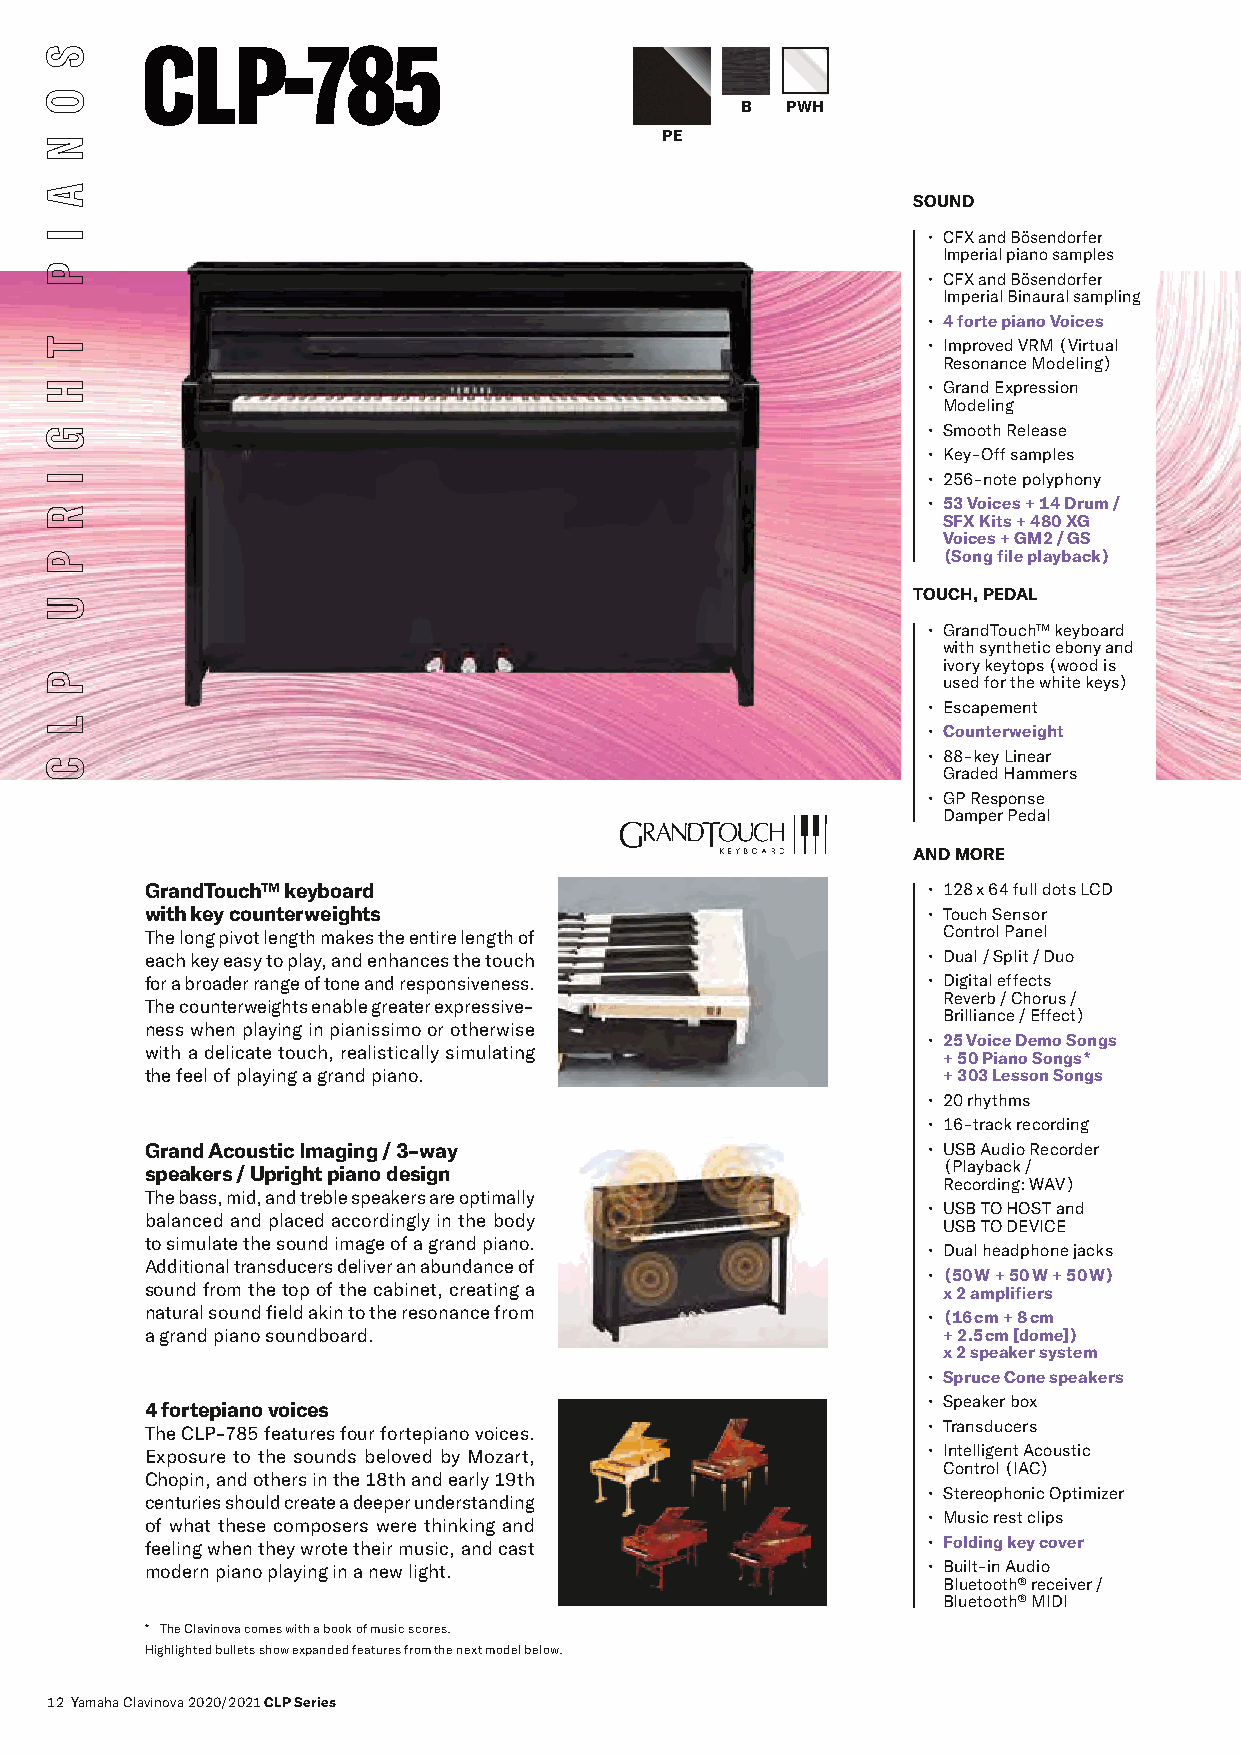
CCLLPP--778855
 B  PWH
 PE
 SOUND
 • CFX and Bösendorfer
 Imperial piano samples
 • CFX and Bösendorfer
 Imperial Binaural sampling
 • 4 forte piano Voices
 • Improved VRM (Virtual
 Resonance Modeling)
 • Grand Expression
 Modeling
 • Smooth Release
 • Key-Off samples
 • 256-note polyphony
 • 53 Voices + 14 Drum /
 SFX Kits + 480 XG
 Voices + GM2 / GS
 (Song file playback)
 TOUCH, PEDAL
 • GrandTouch™ keyboard
 with synthetic ebony and
 ivory keytops (wood is
 used for the white keys)
 • Escapement
 • Counterweight
 • 88-key Linear
 Graded Hammers
 • GP Response
 Damper Pedal
 AND MORE
 GrandTouch™ keyboard                               • 128 x 64 full dots LCD
 with key counterweights                            • Touch Sensor
 The long pivot length makes the entire length of    Control Panel
 each key easy to play, and enhances the touch      • Dual / Split / Duo
 for a broader range of tone and responsiveness.    • Digital effects
 Reverb / Chorus /
 The counterweights enable greater expressive-
 Brilliance / Effect)
 ness when playing in pianissimo or otherwise
 • 25 Voice Demo Songs
 with a delicate touch, realistically simulating
 + 5 0 Piano Songs *
 the feel of playing a grand piano.                  + 303 Lesson Songs
 • 20 rhythms
 • 16-track recording
 Grand Acoustic Imaging / 3-way                     • USB Audio Recorder
 speakers / Upright piano design                     (Playback /
 Recording: WAV)
 The bass, mid, and treble speakers are optimally
 • USB TO HOST and
 balanced and placed accordingly in the body
 USB TO DEVICE
 to simulate the sound image of a grand piano.
 • Dual headphone jacks
 Additional transducers deliver an abundance of
 • (50 W + 50 W + 50 W)
 sound from the top of the cabinet, creating a       x 2 amplifiers
 natural sound field akin to the resonance from     • (16 cm + 8 cm
 a grand piano soundboard.                           + 2.5 cm [dome])
 x 2 speaker system
 • Spruce Cone speakers
 • Speaker box
 4 fortepiano voices
 • Transducers
 The CLP-785 features four fortepiano voices.
 Exposure to the sounds beloved by Mozart,          • Intelligent Acoustic
 Control (IAC)
 Chopin, and others in the 18th and early 19th
 • Stereophonic Optimizer
 centuries should create a deeper understanding
 • Music rest clips
 of what these composers were thinking and
 feeling when they wrote their music, and cast      • Folding key cover
 modern piano playing in a new light.               • Built-in Audio
 Bluetooth® receiver /
 Bluetooth® MIDI
 * The Clavinova comes with a book of music scores.
 Highlighted bullets show expanded features from the next model below.
 12 Yamaha Clavinova 2020/2021 CLP Series
 S
 O
 N
 A
 I
 P
 T
 H
 G
 I
 R
 P
 U
 P
 L
 C